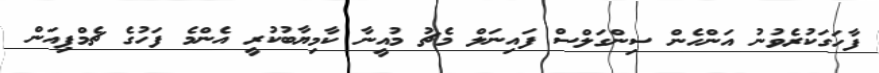
ފާހަގަކުރެވުނު އަންހެން ސިންގަލްސް ފައިނަލް މެޗު މުއީނާ ކާމިޔާބުކުރީ އެންމެ ފަހުގެ ޗެމްޕިއަން